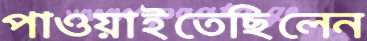
পাওয়াইতেছিলেন